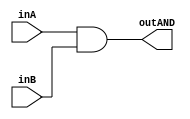
/* CSED273 lab1 experiment 1 */
/* lab1_1.v */


/* Implement AND */
module lab1_1(outAND, inA, inB);
    output wire outAND;
    input wire inA, inB;

    ////////////////////////
    /* Add your code here */
    and(outAND, inA, inB);
   
    ////////////////////////

endmodule